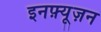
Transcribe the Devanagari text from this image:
इनफ़्यूज़न